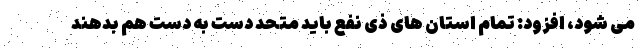
می شود، افزود: تمام استان های ذی نفع باید متحد دست به دست هم بدهند